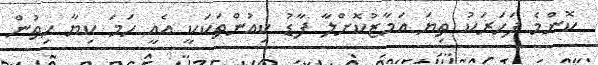
ކޮންމެ ފަހަރަކު ތިޔަ އަމާޒުކޮށްލާ ފާޑު ކިއުންތަކަކީ އެއީ ހަމަ ކިޔާ ހިތުން